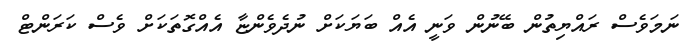
ނަމަވެސް ރައްޔިތުން ބޭނުން ވަނީ އެއް ބަޔަކަށް ނުދެވެންޏާ އެއްގޮތަކަށް ވެސް ކަރަންޓް